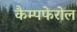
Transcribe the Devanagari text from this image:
कैम्पफेरोल